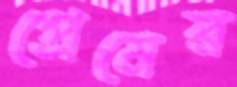
প্রেমের